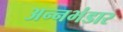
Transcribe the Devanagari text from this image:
अन्नभंडार